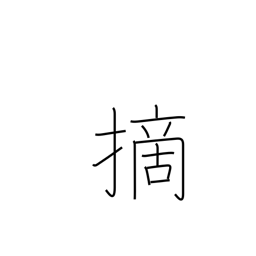
Meaning: clip